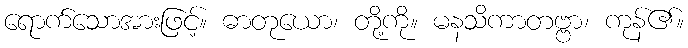
ရောက်သောအားဖြင့်။ ဓာတုယော၊ တို့ကို။ မနသိကာတဗ္ဗာ၊ ကုန်၏။